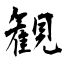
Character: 観